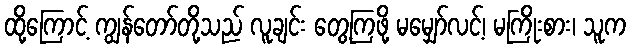
ထို့ကြောင့် ကျွန်တော်တို့သည် လူချင်း တွေ့ကြဖို့ မမျှော်လင့်၊ မကြိုးစား၊ သူက